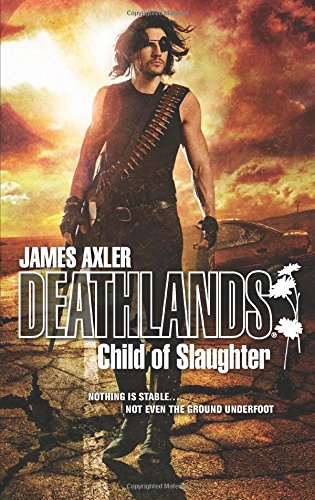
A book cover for Child of Slaughter (Deathlands); James Axler; Science Fiction & Fantasy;